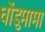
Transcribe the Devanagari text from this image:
धोंडुमामा